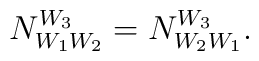
N^{W_{3}}_{W_{1}W_{2}} = N^{W_{3}}_{W_{2}W_{1}}.